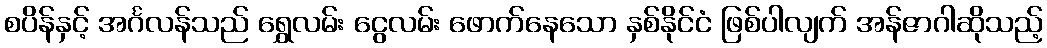
စပိန်နှင့် အင်္ဂလန်သည် ရွှေလမ်း ငွေလမ်း ဖောက်နေသော နှစ်နိုင်ငံ ဖြစ်ပါလျက် အန်ဇာဂါဆိုသည့်